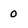
Character: 0